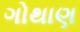
ગોથાણ